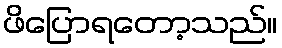
ဖိပြောရတော့သည်။